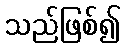
သည်ဖြစ်၍